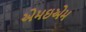
એમઇએમ